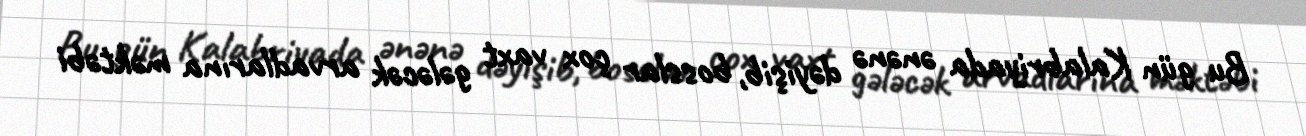
Bu gün Kalabriyada ənənə dəyişib, bosslar çox vaxt gələcək arvadlarına məktəbi